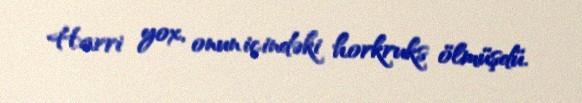
Harri yox, onun içindəki horkruks ölmüşdü.